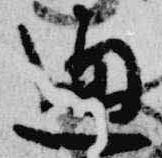
通